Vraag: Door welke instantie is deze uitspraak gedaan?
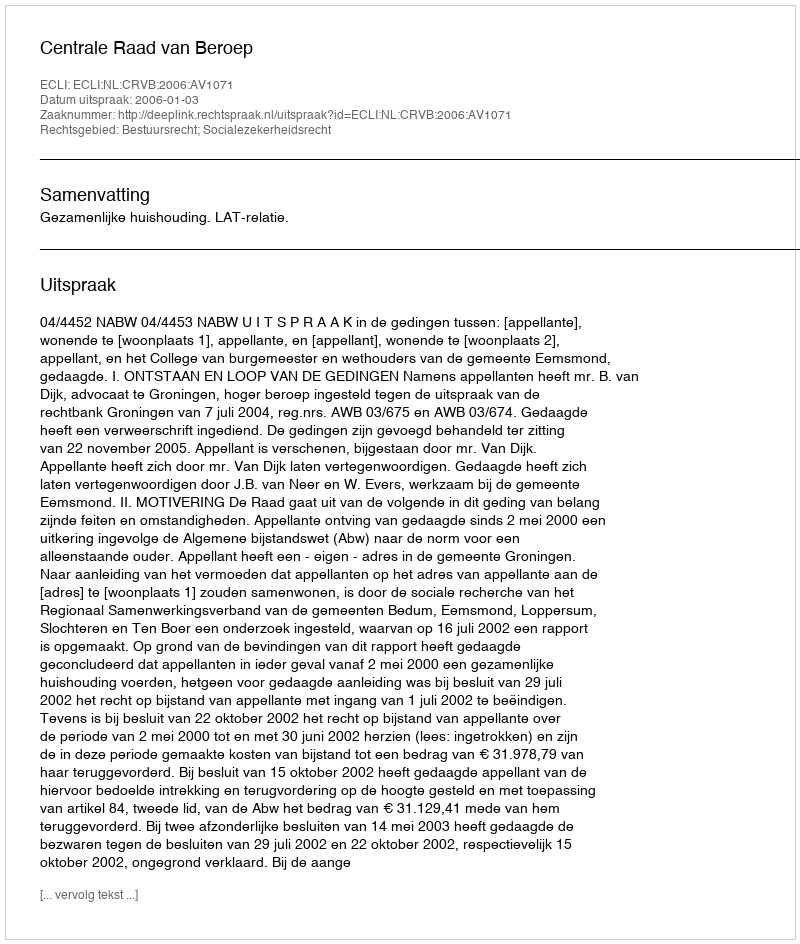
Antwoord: Centrale Raad van Beroep